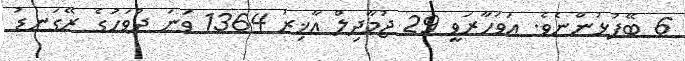
6 ބޭފުޅުންނެވެ. އަވަހާރަވީ 29 ޖުމާދިލް އާޚިރު 1364 ވަނަ ދުވަހުގެ ރޭގަނޑު